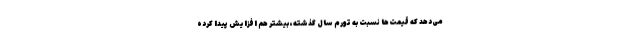
می‌دهد که قیمت‌ها نسبت به تورم سال گذشته، بیشتر هم افزایش پیدا کرده